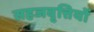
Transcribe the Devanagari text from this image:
सहजवृत्तियों